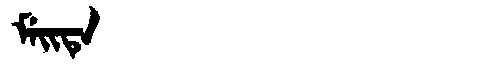
Manchu: ᠮᡝᡳᡨᡝ
Romanization: MEITE